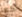
كما